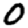
Digit: 0